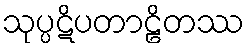
သုပ္ပဋိပတာဠိတဿ